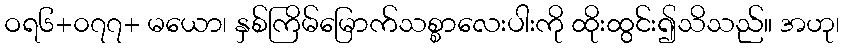
ဝရ၆+၀၇၇+ မယော၊ နှစ်ကြိမ်မြောက်သစ္စာလေးပါးကို ထိုးထွင်း၍သိသည်။ အဟု၊